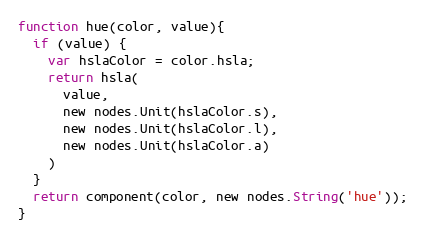
Language: JavaScript
function hue(color, value){
  if (value) {
    var hslaColor = color.hsla;
    return hsla(
      value,
      new nodes.Unit(hslaColor.s),
      new nodes.Unit(hslaColor.l),
      new nodes.Unit(hslaColor.a)
    )
  }
  return component(color, new nodes.String('hue'));
}